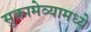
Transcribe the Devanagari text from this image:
सुकामेव्यामध्ये